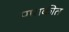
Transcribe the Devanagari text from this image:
पाराकीत